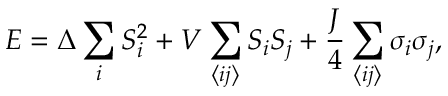
E = \Delta \sum _ { i } ^ { \phantom { N } } S _ { i } ^ { 2 } + V \sum _ { \left\langle i j \right\rangle } S _ { i } S _ { j } + \frac { J } { 4 } \sum _ { \left\langle i j \right\rangle } \sigma _ { i } \sigma _ { j } ,